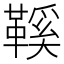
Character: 鞵